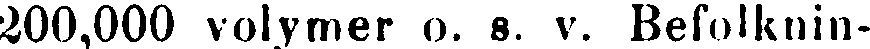
200,000 volymer o. s. v. Befolknin-